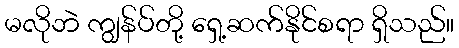
မလိုဘဲ ကျွန်ပ်တို့ ရှေ့ဆက်နိုင်စရာ ရှိသည်။